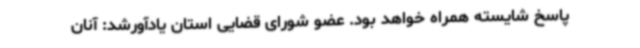
پاسخ شایسته همراه خواهد بود. عضو شورای قضایی استان یادآورشد: آنان